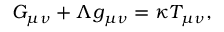
G _ { \mu \nu } + \Lambda g _ { \mu \nu } = \kappa T _ { \mu \nu } ,